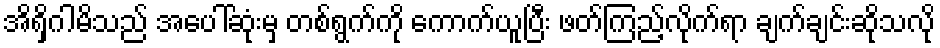
အိရှိဂါမိသည် အပေါ်ဆုံးမှ တစ်ရွက်ကို ကောက်ယူပြီး ဖတ်ကြည့်လိုက်ရာ ချက်ချင်းဆိုသလို